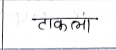
मजकूर: टाकला